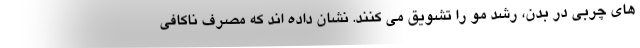
های چربی در بدن، رشد مو را تشویق می کنند. نشان داده اند که مصرف ناکافی